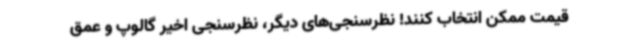
قیمت ممکن انتخاب کنند! نظرسنجی‌های دیگر، نظرسنجی اخیر گالوپ و عمق